Scottish Leaving Certificate Examination, 1960
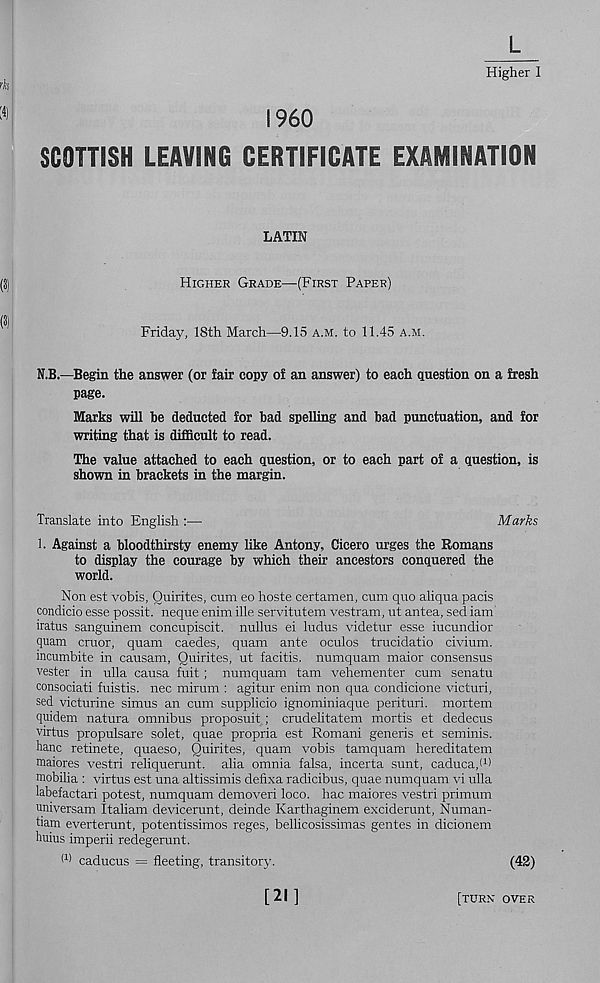
Higher I
I960
SCOTTISH LEAVING CERTIFICATE EXAMINATION
LATIN
Higher Grade—(First Paper)
Friday, 18th March—9.15 a.m. to 11.45 a.m.
N.B.—Begin the answer (or fair copy of an answer) to each question on a fresh
page.
Marks will he deducted for had spelling and had punctuation, and for
writing that is difficult to read.
The value attached to each question, or to each part of a question, is
shown in brackets in the margin.
Translate into English :—
Marks
1. Against a bloodthirsty enemy like Antony, Cicero urges the Romans
to display the courage by which their ancestors conquered the
world.
Non est vobis, Quirites, cum eo hoste certamen, cum quo aliqua pacis
condicio esse possit. neque enim ille servitutem vestram, ut antea, sed iam
iratus sanguinem concupiscit. nullus ei Indus videtur esse iucundior
quam cruor, quam caedes, quam ante oculos trucidatio civium.
incumbite in causam, Quirites, ut facitis. numquam maior consensus
vester in ulla causa fuit; numquam tarn vehementer cum senatu
consociati fuistis. nec mirum : agitur enim non qua condicione victuri,
sed victurine simus an cum supplicio ignominiaque perituri. mortem
quidem natura omnibus proposuit; crudelitatem mortis et dedecus
virtus propulsare solet, quae propria est Romani generis et seminis.
hanc retinete, quaeso, Quirites, quam vobis tamquam hereditatem
maiores vestri reliquerunt. alia omnia falsa, incerta sunt, caduca,! 1 )
mobilia : virtus est una altissimis defixa radicibus, quae numquam vi ulla
labefactari potest, numquam demoveri loco, hac maiores vestri primum
universam Italiam devicerunt, deinde Karthaginem exciderunt, Numan-
tiam everterunt, potentissimos reges, bellicosissimas gentes in dicionem
hums imperii redegerunt.
(1 ) caducus = fleeting, transitory.
(42)
[21]
[turn over